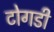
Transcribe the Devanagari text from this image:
टोगडी